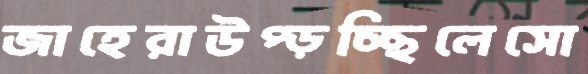
জাহেরাউপ্‌ড়চ্ছিলেসো